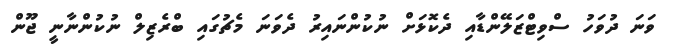
ވަނަ ދުވަހު ސްވިޓްޒަލޭންޑާއި ދެކޮޅަށް ނުކުންނައިރު ދެވަނަ މެޗުގައި ބްރެޒިލް ނުކުންނާނީ ޖޫން